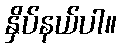
နှိပ်နယ်ပါ။